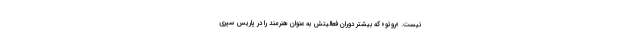
نیست. «روتو» که بیشتر دوران فعالیتش به عنوان هنرمند را در پاریس سپری